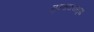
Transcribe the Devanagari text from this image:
तृष्णाक्षयसुख